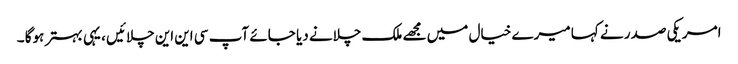
امریکی صدر نے کہا میرے خیال میں مجھے ملک چلانے دیا جائے آپ سی این این چلائیں ، یہی بہتر ہوگا ۔